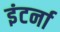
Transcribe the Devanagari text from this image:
इंटर्ना